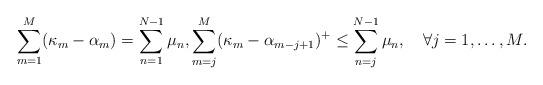
LaTeX: \begin{align*}\sum_{m=1}^{M}(\kappa_m-\alpha_m)=\sum_{n=1}^{N-1}\mu_n,\sum_{m=j}^{M}(\kappa_m-\alpha_{m-j+1})^+\leq\sum_{n=j}^{N-1}\mu_n,\quad\forall j=1,\dotsc,M.\end{align*}